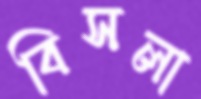
বিসলা